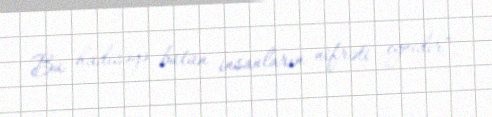
Bu hadisəyə bütün insanların nifrəti eynidir”.